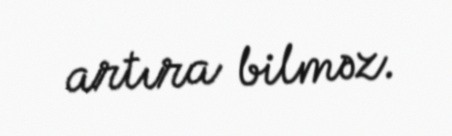
artıra bilməz.